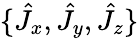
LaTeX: \{ \hat{J}_{x},\hat{J}_{y},\hat{J}_{z}\}